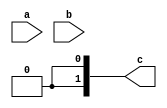
module multiplier(a, b, c);
    parameter WIDTH = 0;
    input wire [WIDTH-1:0] a;
    input wire [WIDTH-1:0] b;
    output wire [2*WIDTH-1:0] c;

    genvar i;
    generate
        for (i = 0; i < WIDTH; i = i + 1) begin:mult
            wire [2*WIDTH-1:0] product;
            if (i == 0) assign product = b [0] ? a : 0;
            else assign product = (b [i]) ? mult[i-1].product + (a << i) : mult[i-1].product;
        end
    endgenerate

    assign c = mult[WIDTH-1].product;
    
endmodule